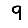
Digit: 9